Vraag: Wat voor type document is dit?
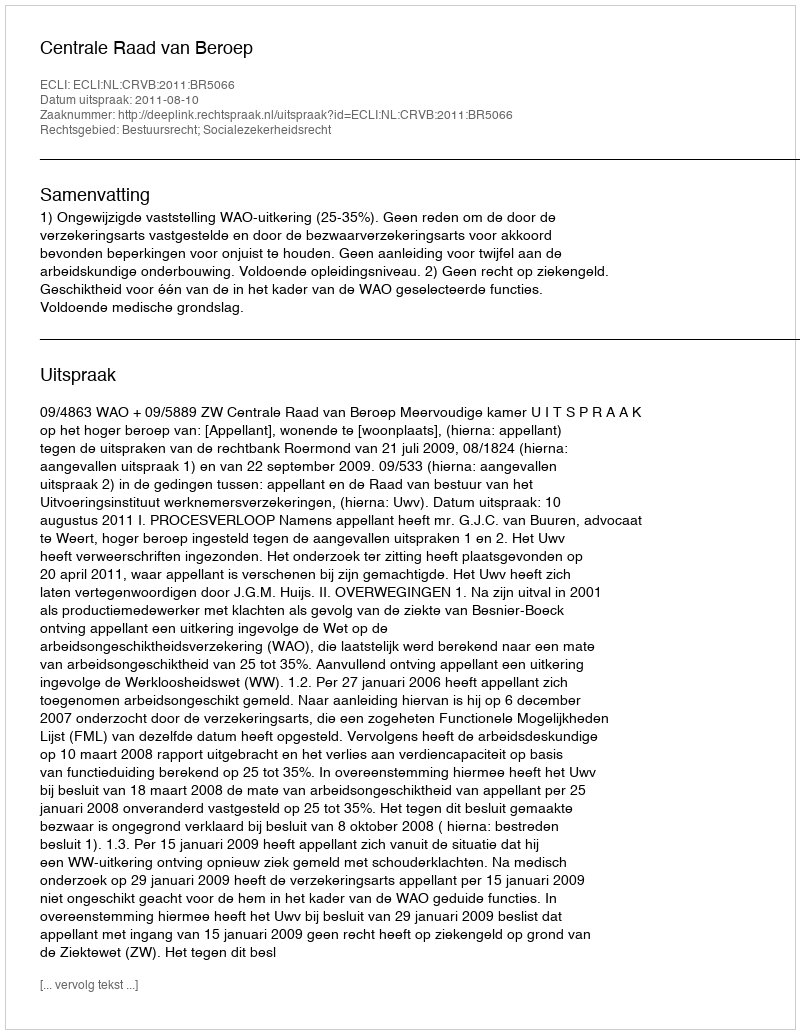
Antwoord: Uitspraak